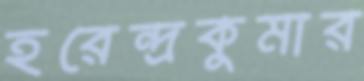
হরেন্দ্রকুমার